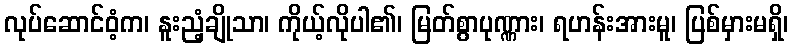
လုပ်ဆောင်ဝံ့က၊ နူးညံ့ချိုသာ၊ ကိုယ့်လိုပါ၏၊ မြတ်စွာပုဏ္ဏား၊ ရဟန်းအားမူ၊ ပြစ်မှားမရှိ၊